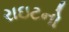
રાઇટનો